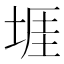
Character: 堐